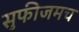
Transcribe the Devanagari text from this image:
सुफीजमच